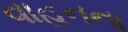
વાહનના